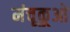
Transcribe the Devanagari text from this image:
मंचूकूओ